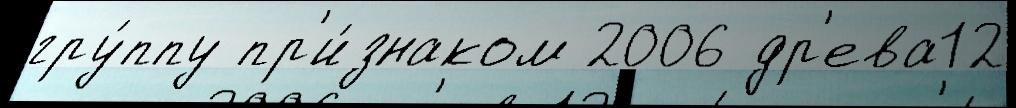
гру́ппу пр'и́знаком 2006 др'ева12